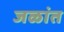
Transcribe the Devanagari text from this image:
जळांत